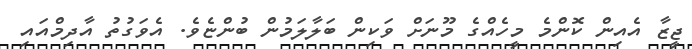
ޖީޒާ އެއިން ކޮންމެ މީހެއްގެ މޫނަށް ވަކިން ބަލާލަމުން ބުންޏެވެ. އެވަގުތު އާދިމްއައި